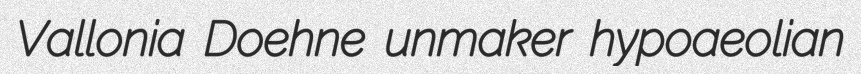
Vallonia Doehne unmaker hypoaeolian